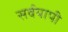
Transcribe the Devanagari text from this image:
सर्वयापी